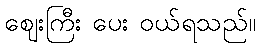
ဈေးကြီး ပေး ဝယ်ရသည်။